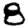
Digit: 8